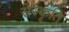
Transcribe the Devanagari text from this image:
सेस्कृति